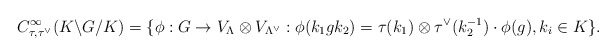
\begin{align*} C^\infty_{\tau, \tau^\vee}(K\backslash G/ K)=\{\phi: G\to V_{\Lambda}\otimes V_{\Lambda^\vee} : \phi(k_1gk_2)=\tau(k_1)\otimes \tau^\vee(k_2^{-1})\cdot\phi(g), k_i\in K\}. \end{align*}